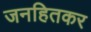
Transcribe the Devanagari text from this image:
जनहितकर